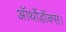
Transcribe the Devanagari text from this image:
ऑर्थोडॉक्स।